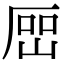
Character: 𡸡